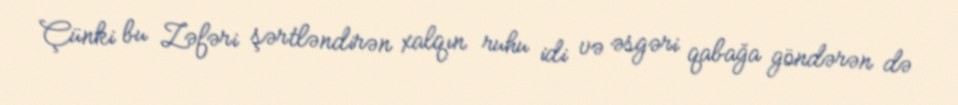
Çünki bu Zəfəri şərtləndirən xalqın ruhu idi və əsgəri qabağa göndərən də